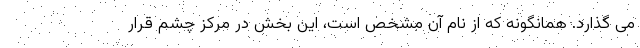
می گذارد. همانگونه که از نام آن مشخص است، این بخش در مرکز چشم قرار